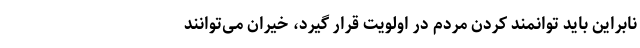
نابراین باید توانمند کردن مردم در اولویت قرار گیرد، خیران می‌توانند